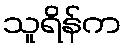
သူရိန်က